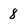
Character: 8